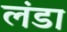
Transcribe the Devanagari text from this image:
लंडा